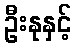
ဦးနုနှင့်